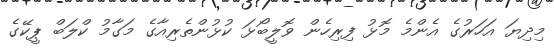
މިދިޔަ އަހަރުގެ އެންމެ މޮޅު ފިރިހެން ވޮލީބޯޅަ ކުޅުންތެރިއާގެ މަގާމު ކްލަބް ޕީކޭގެ